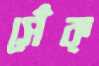
সেঁক্‌